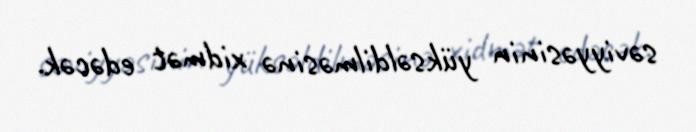
səviyyəsinin yüksəldilməsinə xidmət edəcək.